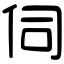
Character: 伺